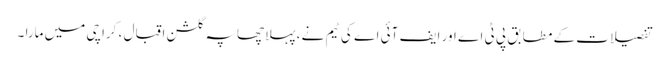
تفصیلات کے مطابق پی ٹی اے اور ایف آئی اے کی ٹیم نے ، پہلا چھاپہ گلشن اقبال ، کراچی میں مارا ۔